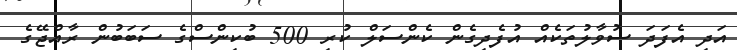
އަދި އެފަދަ ސުވާލުތަކެއް އުފެދިގެން ކެންސަލް ކުރި 500 ބުކިންސްގެ ސަބަބުން ރާއްޖޭގެ